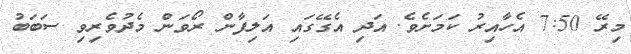
މިރޭ 7:50 އެހާއިރު ކަމަށެވެ. އަދި އެގޭގައި އަލިފާން ރޯވަން މެދުވެރިވި ސަބަބު